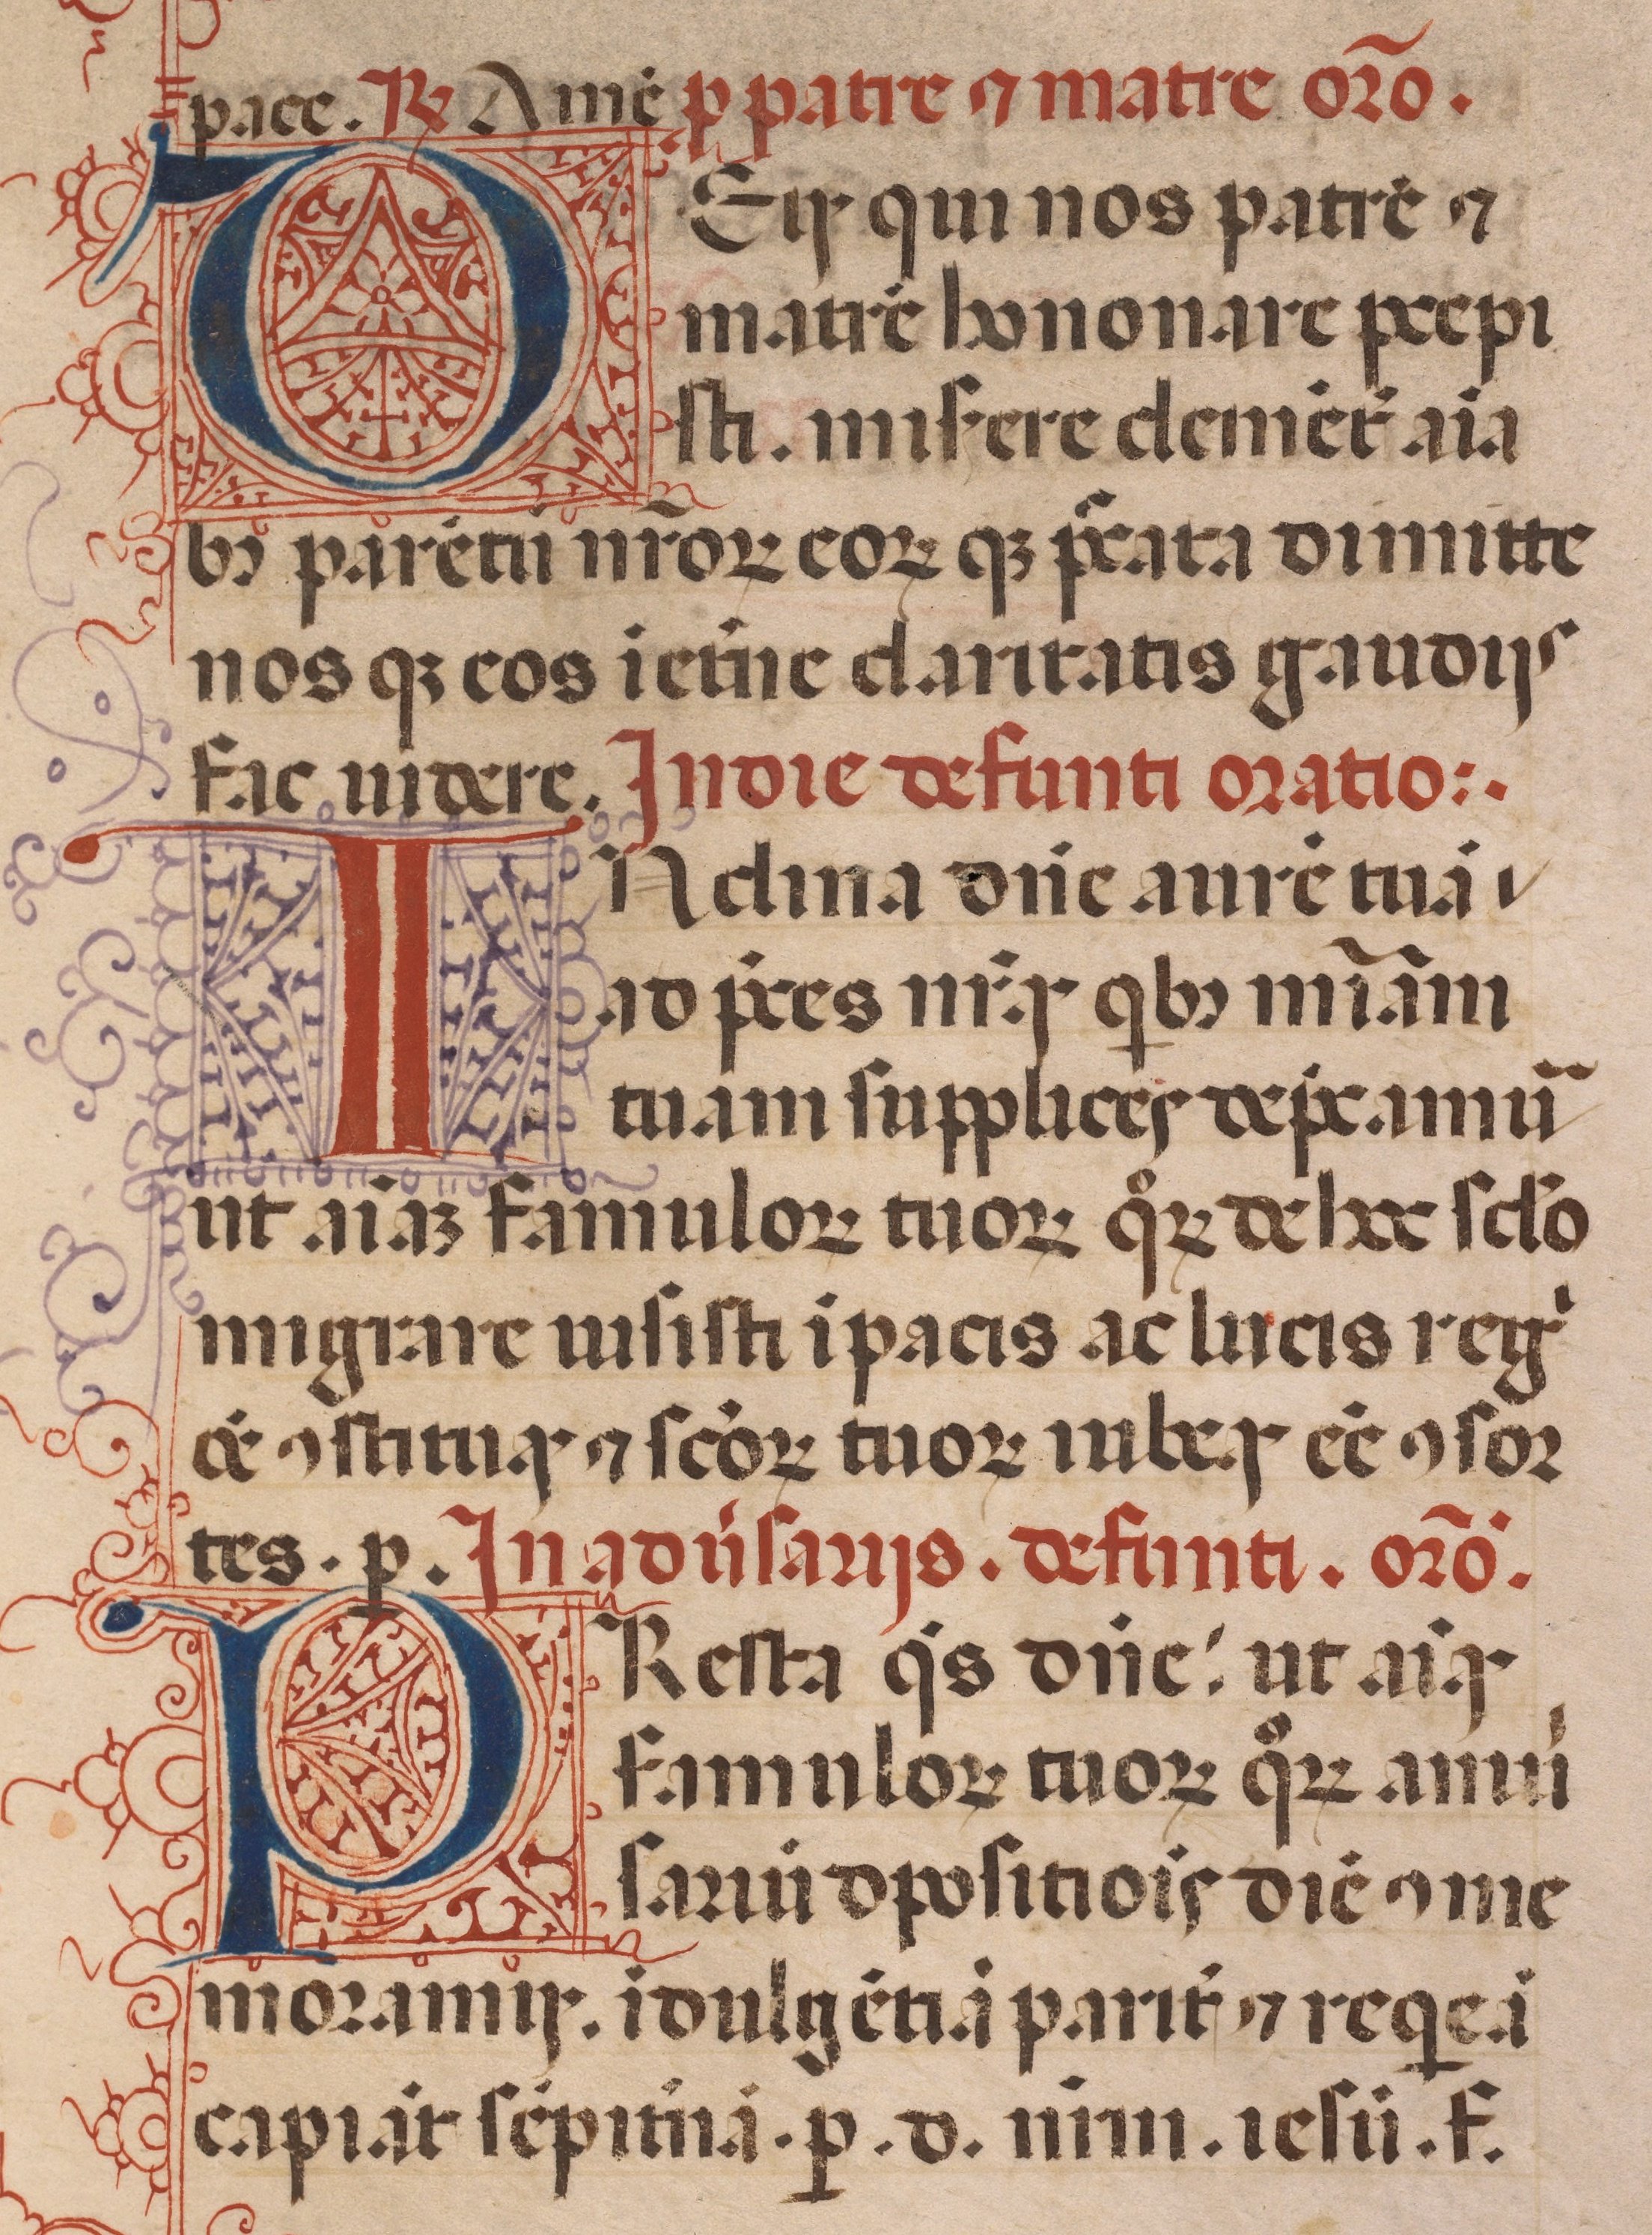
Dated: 1450–1484